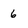
Character: 6